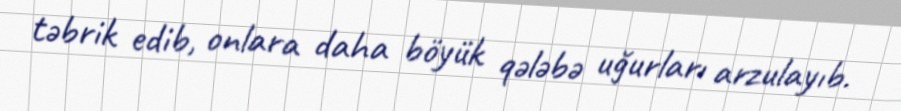
təbrik edib, onlara daha böyük qələbə uğurları arzulayıb.